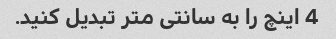
4 اینچ را به سانتی متر تبدیل کنید.